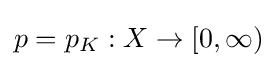
{\textstyle p=p_{K}:X\to [0,\infty )}